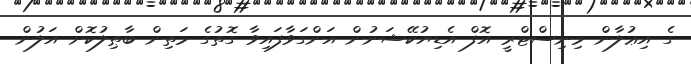
ގެ އިޢުލާން މިނިސްޓްރީ އޮފް އެޑިޔުކޭޝަނުން އަންގަވާފައިވާ ގޮތުގެ މަތިން ބާޠިލުކޮށް އަލުން